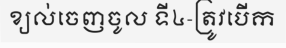
ខ្យល់ចេញចូល ទី៤-ត្រូវបើក